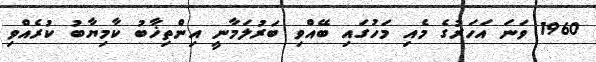
1960 ވަނަ އަހަރުގެ މެއި މަހުގައި ބޭއްވި ބަރުލަމާނީ އިންތިޚާބު ކާމިޔާބު ކުރެއްވި